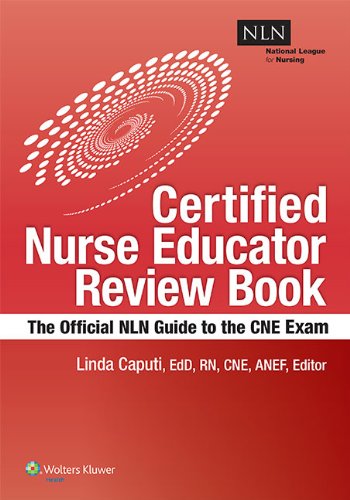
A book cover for NLN's Certified Nurse Educator Review: The Official National League for Nursing Guide; Linda Caputi MSN  EdD  RN  CNE  ANEF; Medical Books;